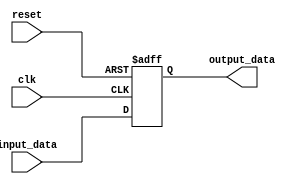
module behavioral_modeling_block (
    input wire clk,
    input wire reset,
    input wire [7:0] input_data,
    output reg [7:0] output_data
);

always @(posedge clk or negedge reset)
begin
    if (!reset)
        output_data <= 8'd0;
    else
        output_data <= input_data;
end

endmodule